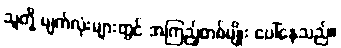
သူတို့ မျက်လုံးများတွင် အကြည့်တစ်မျိုး ပေါ်နေသည်။